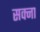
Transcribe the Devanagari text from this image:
सक्ना